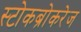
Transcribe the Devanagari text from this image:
स्टोकब्रोकरेज